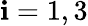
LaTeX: \mathbf{i}=1,3